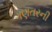
ગણતરની